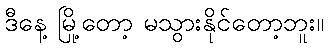
ဒီနေ့ မြို့တော့ မသွားနိုင်တော့ဘူး။